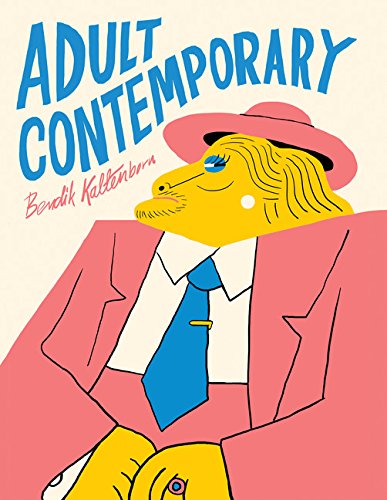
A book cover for Adult Contemporary; Bendik Kaltenborn; Comics & Graphic Novels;